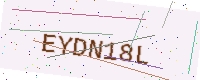
Text: EYDN18L